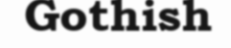
Gothish